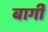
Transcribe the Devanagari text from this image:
बार्गी